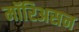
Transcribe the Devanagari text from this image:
मॉरिअसन